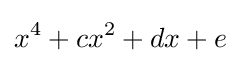
x^{4}+cx^{2}+dx+e